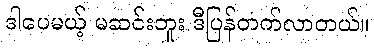
ဒါပေမယ့် မဆင်းဘူး ဒီပြန်တက်လာတယ်။